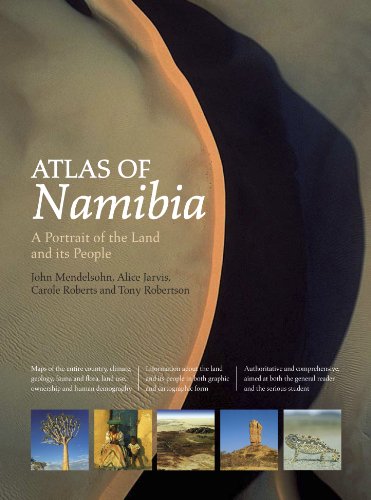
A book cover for Atlas of Namibia: A Portrait of the Land and its People; Travel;